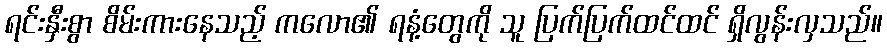
ရင်းနှီးစွာ စိမ်းကားနေသည့် ကလော၏ ရနံ့တွေကို သူ ပြက်ပြက်ထင်ထင် ရှိလွန်းလှသည်။